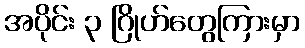
အပိုင်း ၃ ဂြိုဟ်တွေကြားမှာ